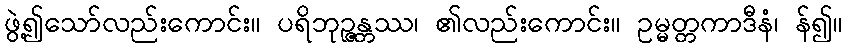
ဖွဲ့၍သော်လည်းကောင်း။ ပရိဘုဉ္ဇန္တဿ၊ ၏လည်းကောင်း။ ဥမ္မတ္တကာဒီနံ၊ န်၍။